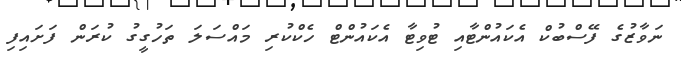
ނަވާޒުގެ ފޭސްބުކް އެކައުންޓާއި ޓުވިޓާ އެކައުންޓް ހެކްކުރި މައްސަލަ ތަހުގީގު ކުރަން ފަށައިފި